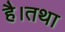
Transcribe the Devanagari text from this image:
है।तथा